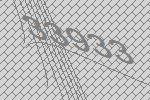
33933